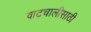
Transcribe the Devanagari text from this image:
वाटचालीसाठी